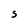
Character: S